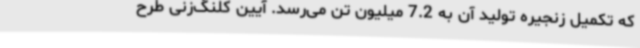
که تکمیل زنجیره تولید آن به 7.2 میلیون تن می‌رسد. آیین کلنگ‌زنی طرح